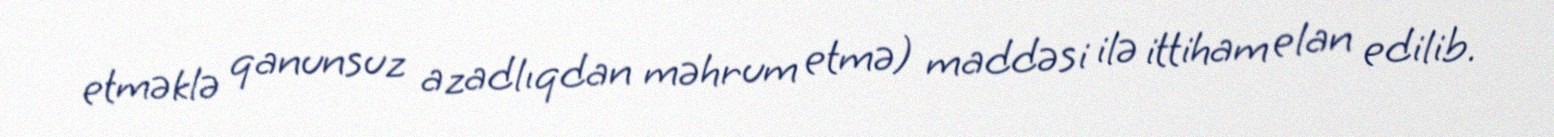
etməklə qanunsuz azadlıqdan məhrum etmə) maddəsi ilə ittiham elan edilib.